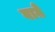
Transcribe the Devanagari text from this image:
बाग़े